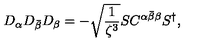
D _ { \alpha } D _ { \bar { \beta } } D _ { \beta } = - \sqrt { \frac { 1 } { \zeta ^ { 3 } } } S C ^ { \alpha \bar { \beta } \beta } S ^ { \dagger } ,